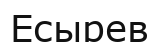
Есырев